Punjab Mental Hospital Lahore 1922-31 - 1922-1931
Year: 1922
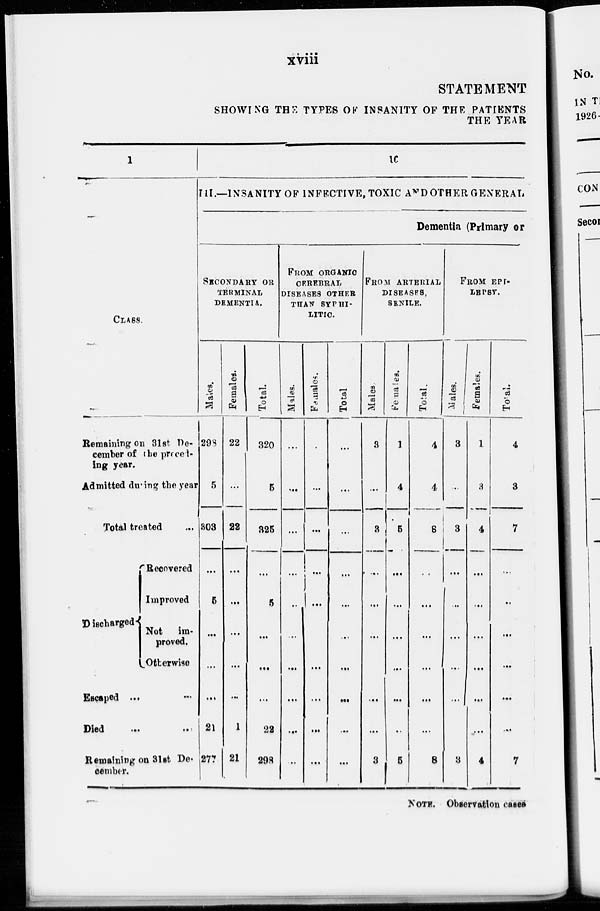
xviii
STATEMENT
SHOWING THE TYPES OF INSANITY OF THE PATIENTS
THE YEAR
1
CLASS.
Remaining on 31st De-
cember of the preced-
ing year.
Admitted during the year
Total treated
...
Discharged
Recovered
Improved
Not im-
proved.
Otherwise
Escaped ... ...
Died
...
...
Remaining on 31st De-
cember.
10
III.—INSANITY OP INFECTIVE, TOXIC AND OTHER GENERAL
Dementia (Primary or
SECONDARY OR
TERMINAL
DEMENTIA.
Males.
298
5
303
...
5
...
...
...
21
277
Females.
22
...
22
...
...
...
...
...
1
21
Total.
320
5
325
...
5
...
...
...
22
298
FROM ORGANIC
CEREBRAL
DISEASES OTHER
THAN SYPHI-
LITIC.
Males.
...
...
...
...
...
...
...
...
...
...
Females.
...
...
...
...
...
...
...
...
...
...
Total
...
...
...
...
...
...
...
...
...
...
FROM ARTERIAL
DISEASES,
SENILE.
Males.
3
...
3
...
...
...
...
...
3
Females.
1
4
5
...
...
...
...
...
...
5
Total.
4
4
8
...
...
...
...
...
...
8
FROM EPI-
LEPSY.
Males.
3
...
3
...
...
...
...
...
...
3
Females.
1
3
4
...
...
...
...
...
...
4
Total.
4
3
7
...
...
...
...
...
...
7
NOTE. Observation cases